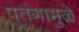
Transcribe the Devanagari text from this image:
पतंगामुळे